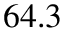
6 4 . 3